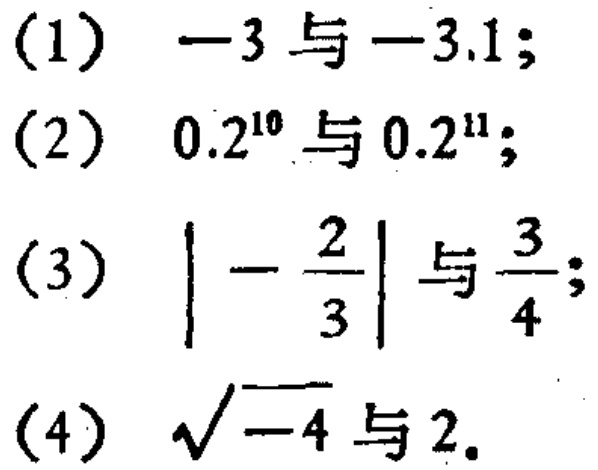
(1) \(-3\)与\(-3.1\);
(2) \(0.2^{10}\)与\(0.2^{11}\);
(3) \(\left|-\frac{2}{3}\right|\)与\(\frac{3}{4}\);
(4) \(\sqrt{-4}\)与\(2\).